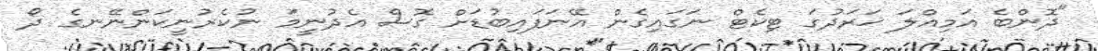
"ދޮންބެ އަމިއްލަ ޚަރަދުގަ ޓިކެޓް ނަގައިގެން އޭނަފައިބުޑަށް ގޮސް އެދުނީމަ ނުކެރުނީކަންނޭނގެ ދޯ